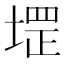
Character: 堽